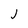
Character: j